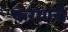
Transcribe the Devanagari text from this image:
करयारी